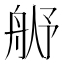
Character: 𬜓